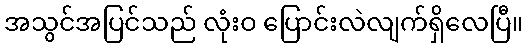
အသွင်အပြင်သည် လုံးဝ ပြောင်းလဲလျက်ရှိလေပြီ။